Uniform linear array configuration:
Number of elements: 16
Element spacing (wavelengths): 1
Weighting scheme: binomial
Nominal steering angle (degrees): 15
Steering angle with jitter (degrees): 15.902
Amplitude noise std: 0.05
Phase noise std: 0.05

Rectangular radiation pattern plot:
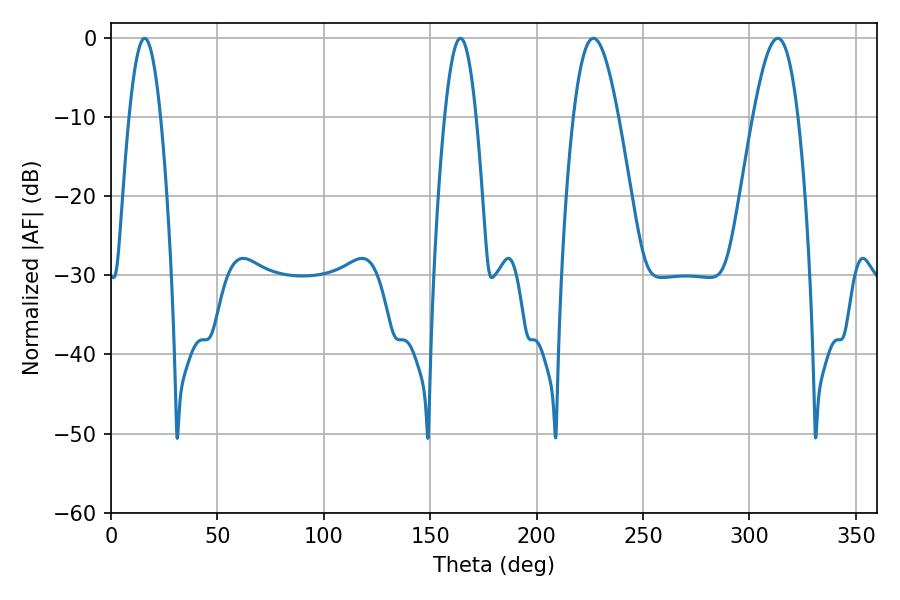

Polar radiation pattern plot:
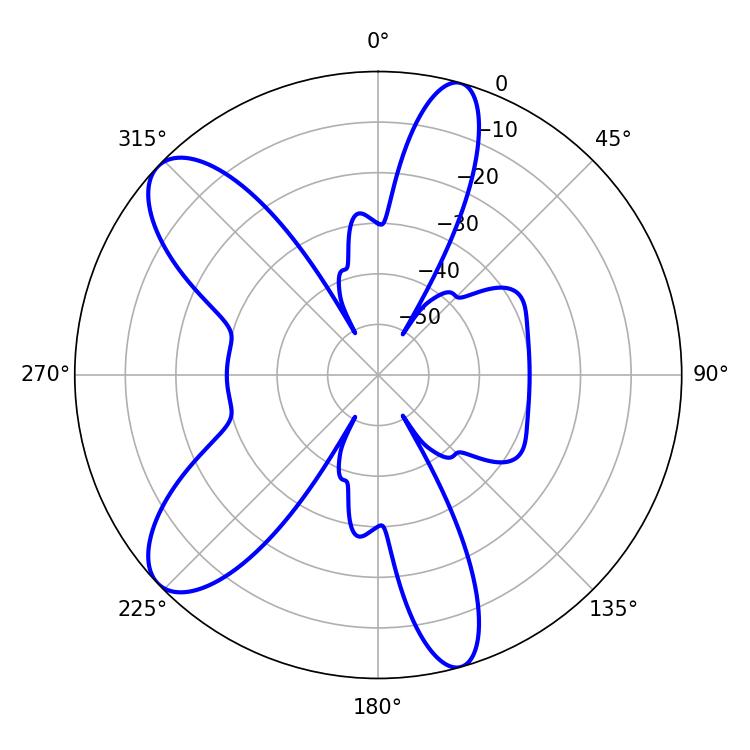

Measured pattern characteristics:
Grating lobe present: TRUE
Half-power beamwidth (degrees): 7.92
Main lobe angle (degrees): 15.84